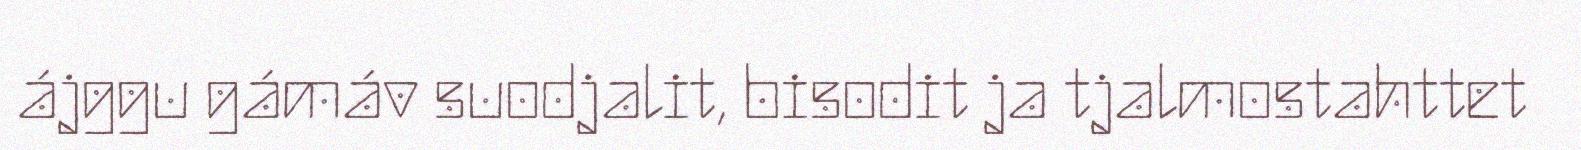
ájggu gámáv suodjalit, bisodit ja tjalmostahttet